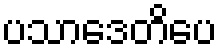
ပသာဒေတိပေ